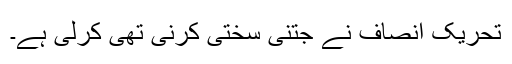
تحریک انصاف نے جتنی سختی کرنی تھی کرلی ہے۔